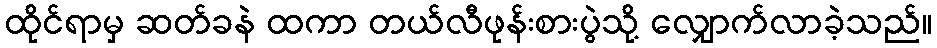
ထိုင်ရာမှ ဆတ်ခနဲ ထကာ တယ်လီဖုန်းစားပွဲသို့ လျှောက်လာခဲ့သည်။